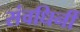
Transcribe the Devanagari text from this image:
संवधिर्नी